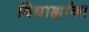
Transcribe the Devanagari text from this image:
विद्यार्ह्यांना